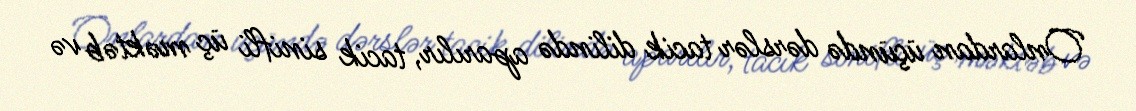
Onlardan üçündə dərslər tacik dilində aparılır, tacik sinifli üç məktəb və